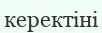
керектіні